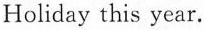
Holiday this year.